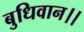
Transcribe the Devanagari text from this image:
बुधिवान।।